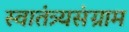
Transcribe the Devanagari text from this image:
स्वातंत्र्यसंग्राम